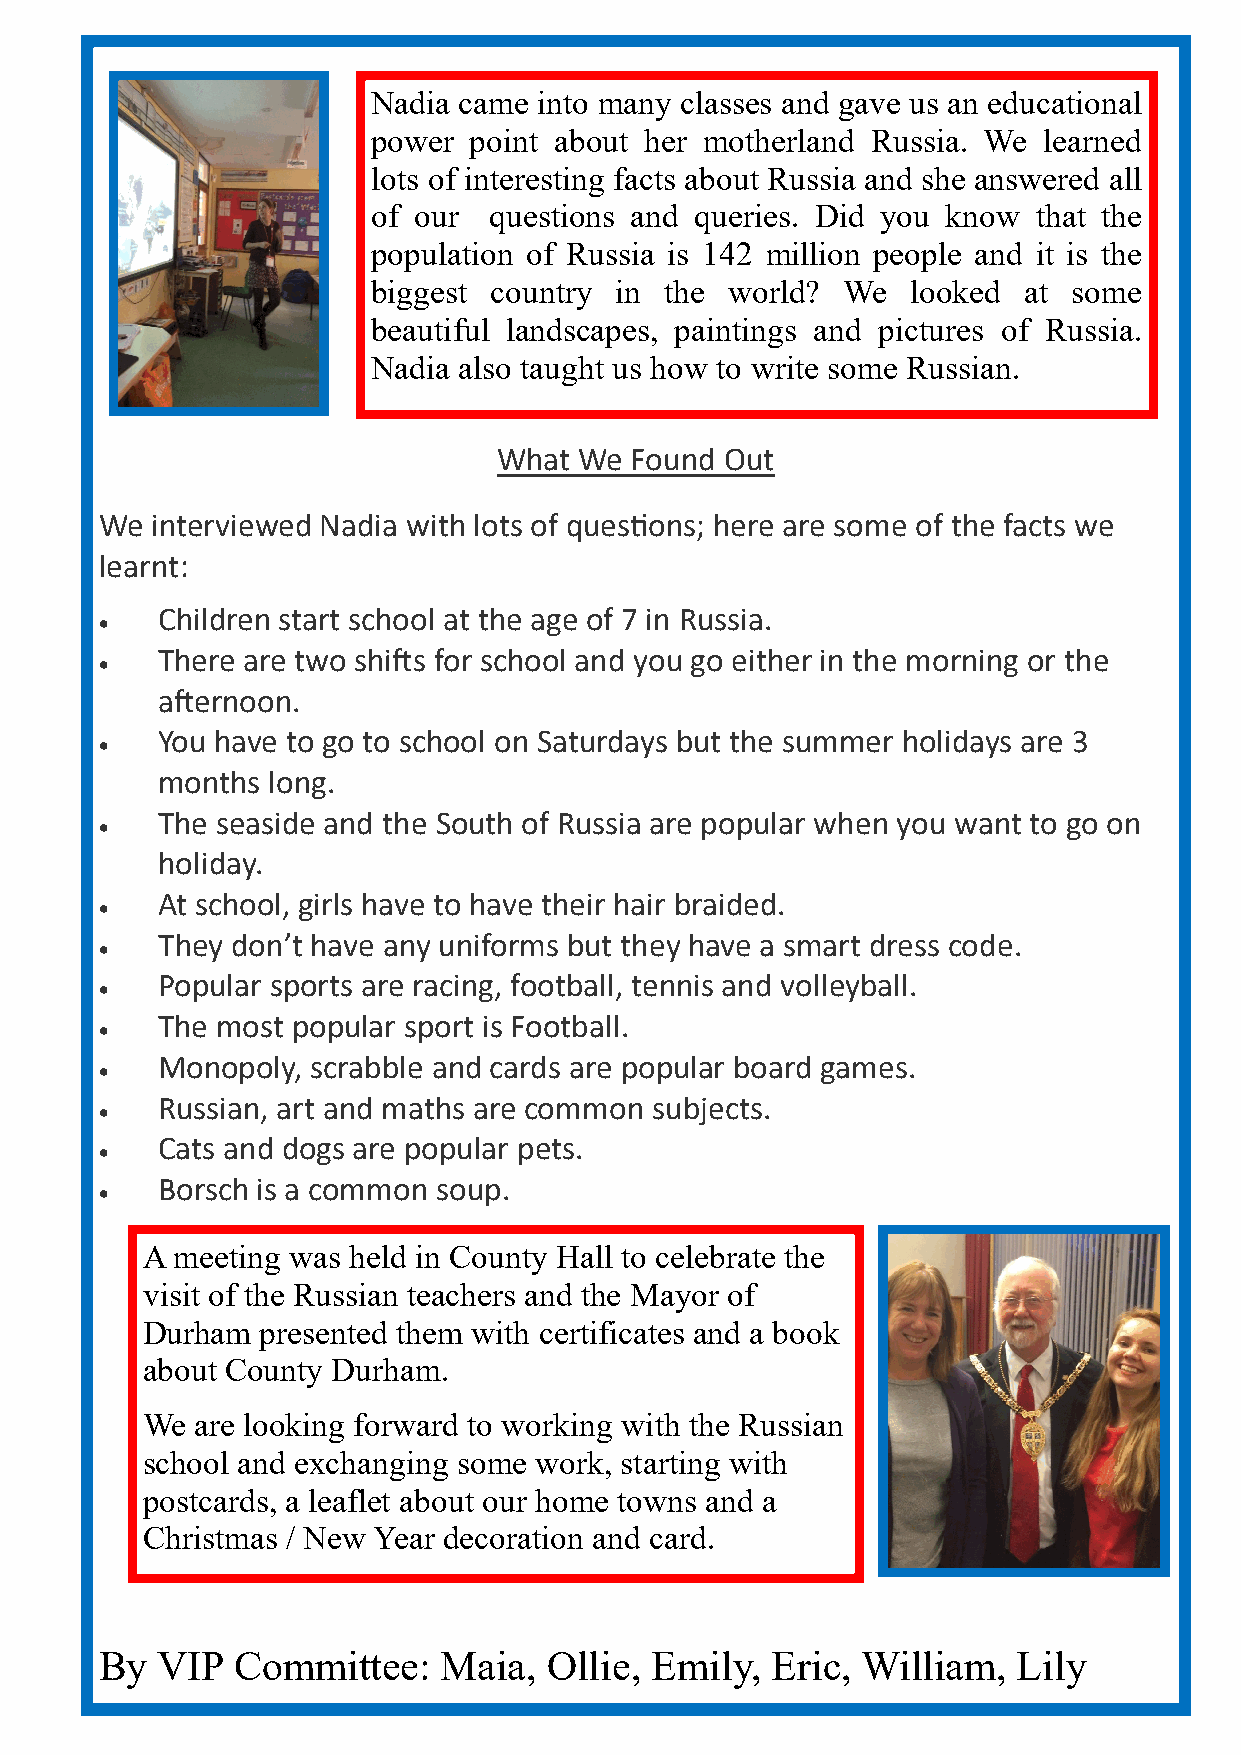
Nadia came into many classes and gave us an educational
 power point about her motherland Russia. We learned
 lots of interesting facts about Russia and she answered all
 of our questions and queries. Did you know  that the
 population of Russia is 142 million people and it is the
 biggest country in the world?  We  looked  at some
 beautiful landscapes, paintings and pictures of Russia.
 Nadia also taught us how to write some Russian.
 What We  Found Out
 We interviewed Nadia with lots of questions; here are some of the facts we
 learnt:
 Children start school at the age of 7 in Russia.
 
 There are two shifts for school and you go either in the morning or the
 
 afternoon.
 You have to go to school on Saturdays but the summer holidays are 3
 
 months  long.
 The seaside and the South of Russia are popular when you want to go on
 
 holiday.
 At school, girls have to have their hair braided.
 
 They don’t have any uniforms but they have a smart dress code.
 
 Popular sports are racing, football, tennis and volleyball.
 
 The most popular sport is Football.
 
 Monopoly,  scrabble and cards are popular board games.
 
 Russian, art and maths are common subjects.
 
 Cats and dogs are popular pets.
 
 Borsch is a common soup.
 
 A meeting was held in County Hall to celebrate the
 visit of the Russian teachers and the Mayor of
 Durham  presented them with certificates and a book
 about County Durham.
 We  are looking forward to working with the Russian
 school and exchanging some work, starting with
 postcards, a leaflet about our home towns and a
 Christmas / New Year decoration and card.
 By VIP  Committee:    Maia,  Ollie, Emily,  Eric, William,  Lily